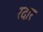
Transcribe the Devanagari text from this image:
रदार